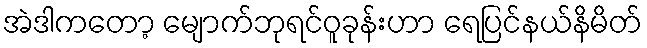
အဲဒါကတော့ မျောက်ဘုရင်ဝူခုန်းဟာ ရေပြင်နယ်နိမိတ်